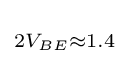
\scriptstyle 2V_{BE}\approx 1.4